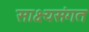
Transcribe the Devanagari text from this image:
साक्ष्यसंगत